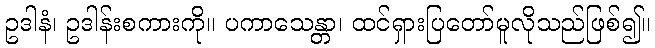
ဥဒါနံ၊ ဥဒါန်းစကားကို။ ပကာသေန္တာ၊ ထင်ရှားပြတော်မူလိုသည်ဖြစ်၍။